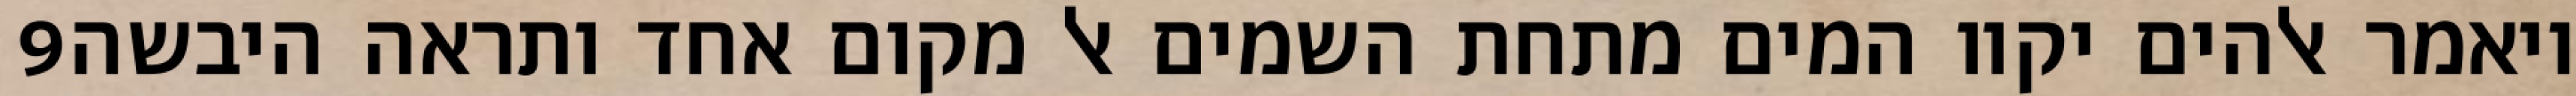
‎9‏ ויאמר אלהים יקוו המים מתחת השמים אל מקום אחד ותראה היבשה